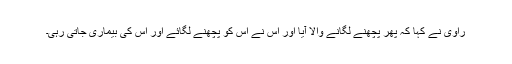
راوی نے کہا کہ پھر پچھنے لگانے والا آیا اور اس نے اس کو پچھنے لگائے اور اس کی بیماری جاتی رہی۔